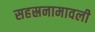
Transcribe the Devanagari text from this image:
सहस्रनामावली